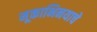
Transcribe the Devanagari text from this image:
मूकाभिनयाचे